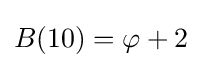
B(10)=\varphi +2